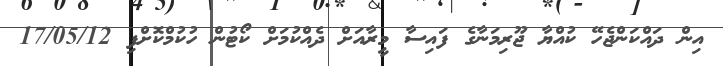
އިން ދައްކަންޖެހޭ ކުއްޔާ ޖޫރިމަނާގެ ފައިސާ މީރާއަށް ދެއްކުމަށް ކޯޓުން ހުކުމްކޮށްފި 17/05/12